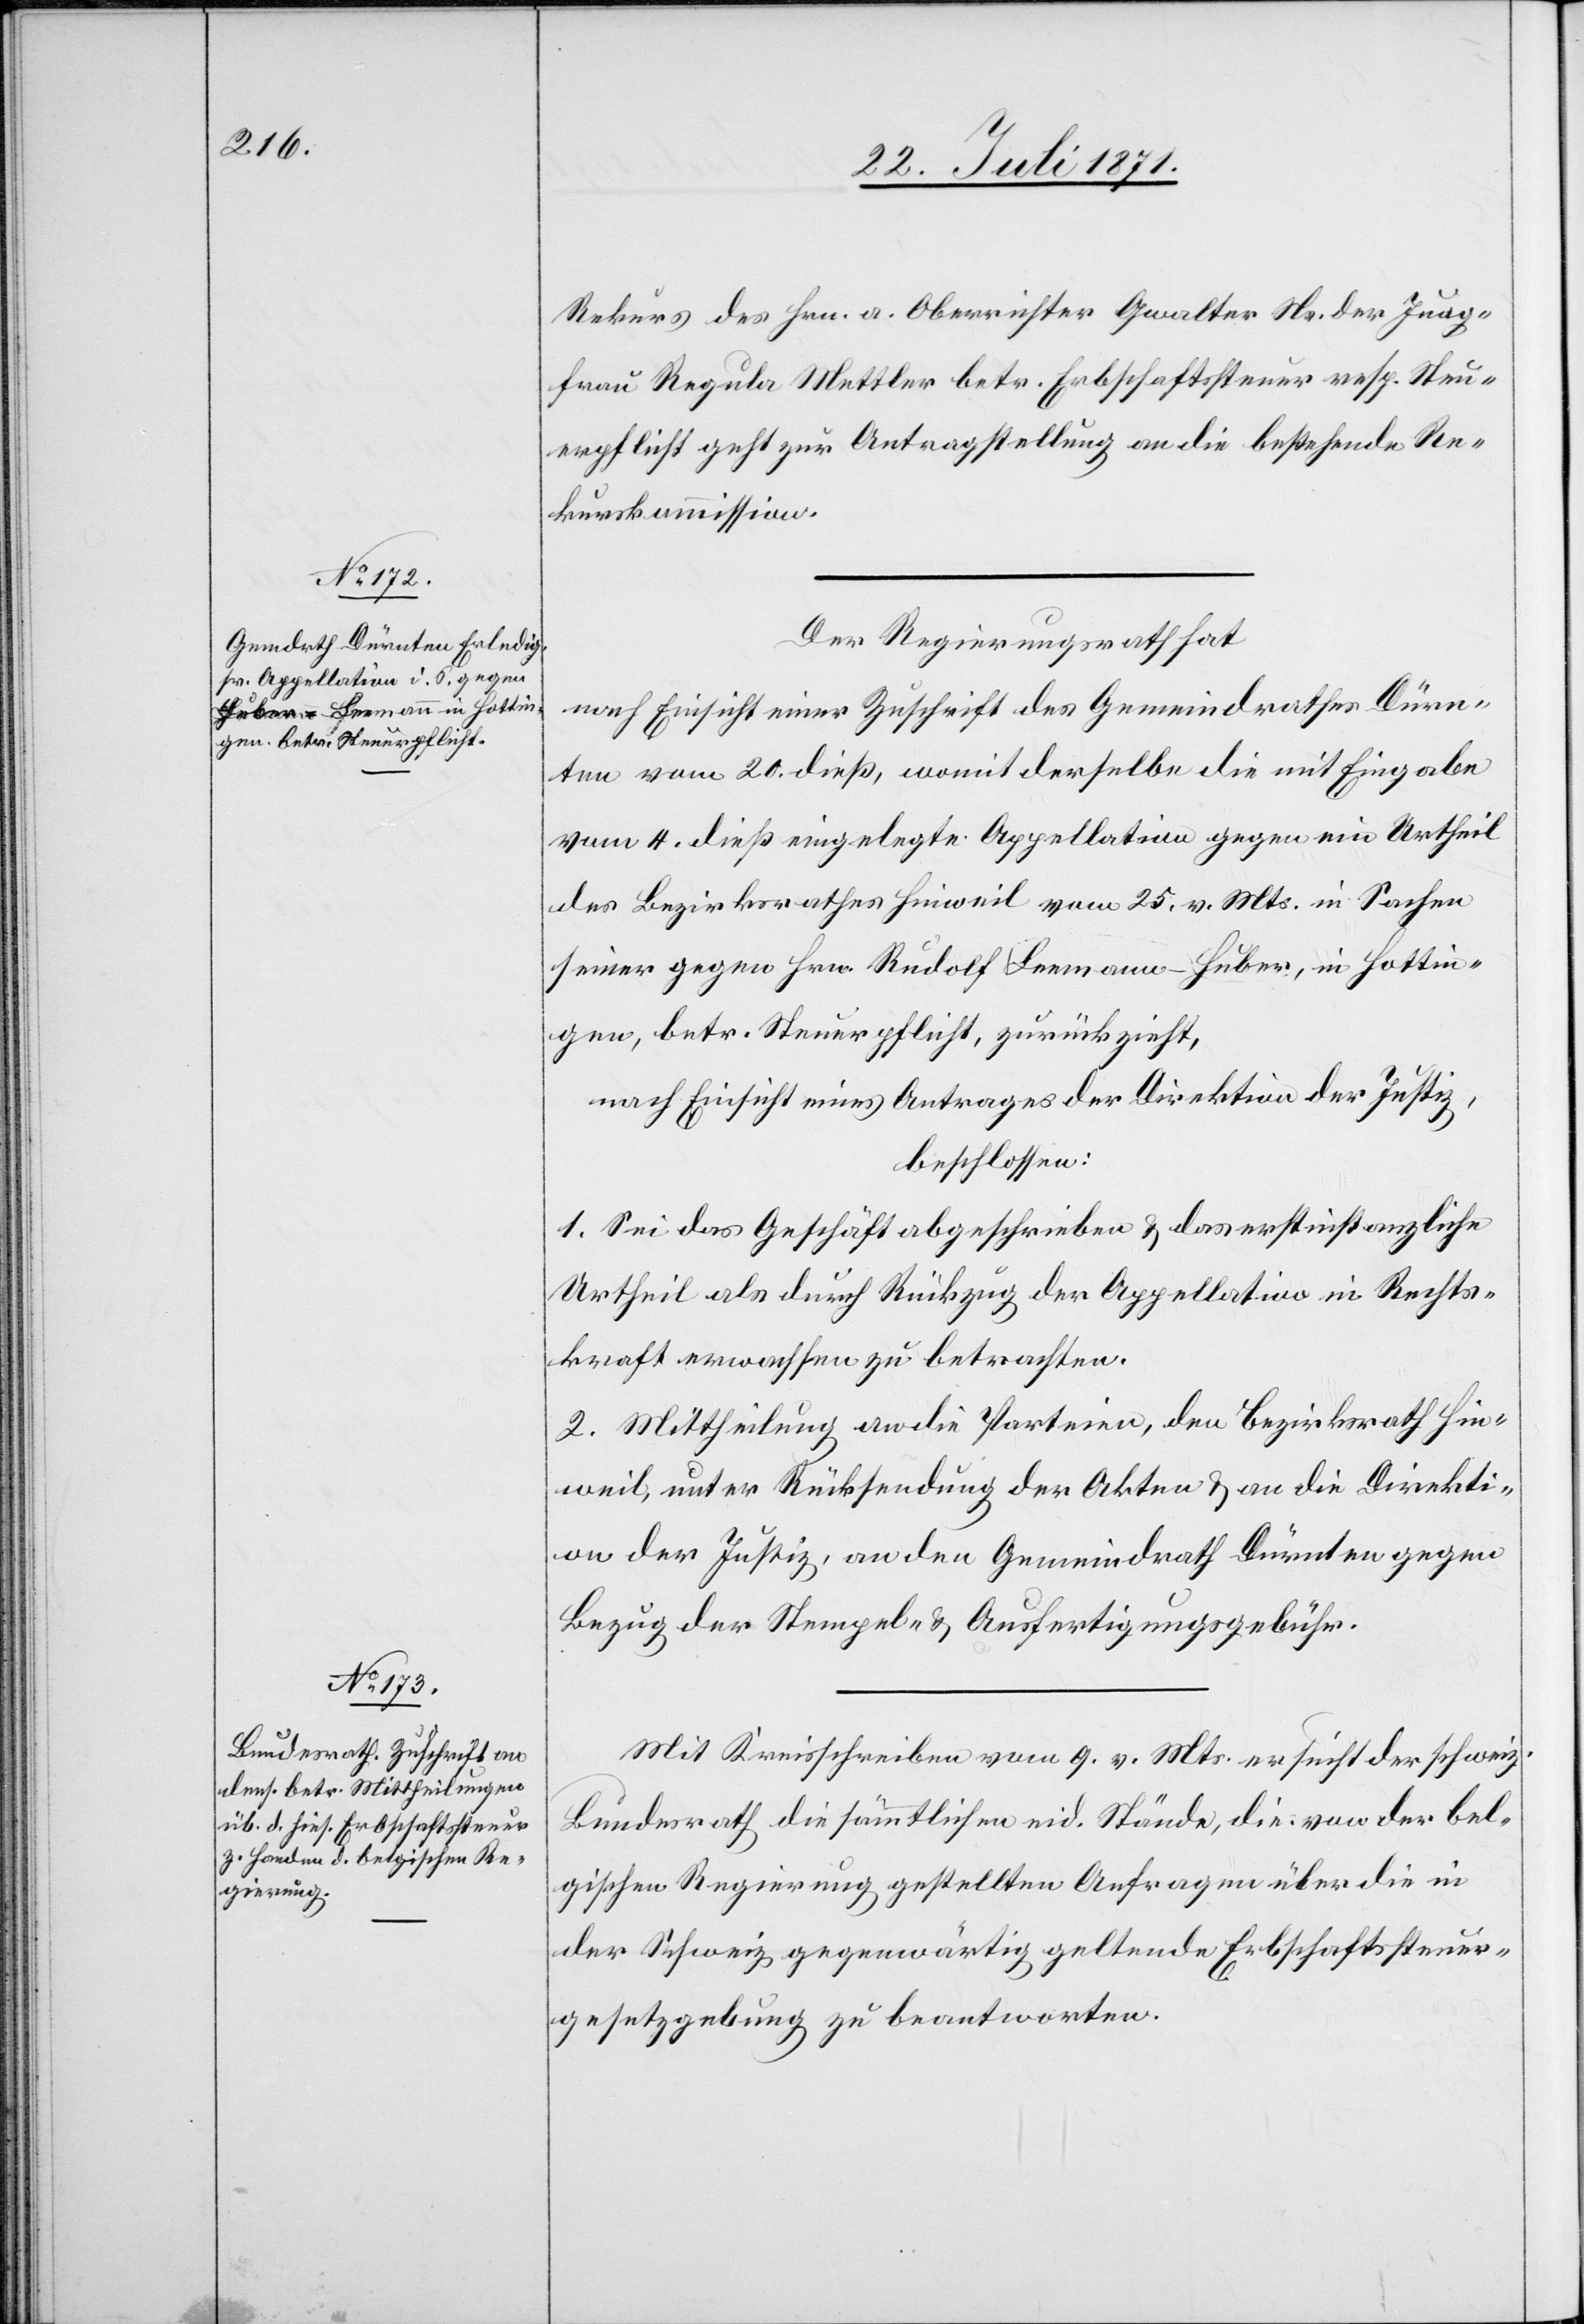
Rekurs des Hrn. a. Oberrichter Gwalter Ns. der Jung¬
frau Regula Mettler betr. Erbschaftssteuer resp. Steu¬
erpflicht geht zur Antragstellung an die bestehende Re¬
kurskommission.
Der Regierungsrath hat
nach Einsicht einer Zuschrift des Gemeindrathes Dürn¬
ten vom 20. dieß, womit derselbe die mit Eingabe
vom 4. dieß eingelegte Appellation gegen ein Urtheil
des Bezirksrathes Hinweil vom 25. v. Mts. in Sachen
seiner gegen Hrn. Rudolf Leemann-Huber, in Hottin¬
gen, betr. Steuerpflicht, zurückzieht,
nach Einsicht eines Antrages der Direktion der Justiz,
beschlossen:
1. Sei das Geschäft abgeschrieben u. das erstinstanzliche
Urtheil als durch Rückzug der Appellation in Rechts¬
kraft erwachsen zu betrachten.
2. Mittheilung an die Parteien, den Bezirksrath Hin¬
weil, unter Rücksendung der Akten u. an die Direkti¬
on der Justiz, an den Gemeindrath Dürnten gegen
Bezug der Stempel- u. Ausfertigungsgebühr.
Mit Kreisschreiben vom 9. v. Mts. ersucht er schweiz.
Bundesrath die sämmtlichen eid. Stände, die von der bel¬
gischen Regierung gestellten Anfragen über die in
der Schweiz gegenwärtig geltende Erbschaftssteuer¬
gesetzgebung zu beantworten.